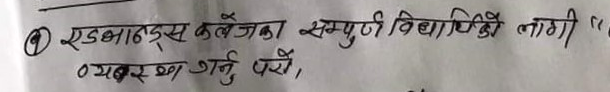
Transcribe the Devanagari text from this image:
एडभान्स कलेजका सम्पुर्ण विद्यार्थीको लागी "
व्यवस्था गर्नु परो,